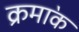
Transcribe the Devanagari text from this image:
क्रमा॓क